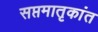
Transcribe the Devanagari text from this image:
सप्तमातृकांत